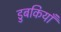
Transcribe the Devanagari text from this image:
डुबकियाँ